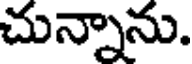
చున్నాను.